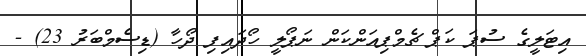
އިޓަލީގެ ސުޕަ ކަޕް ޗެމްޕިއަންކަން ނަޕޯލީ ހޯދައިފި ދޯހާ (ޑިސެމްބަރު 23) -